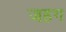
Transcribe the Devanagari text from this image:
जहग